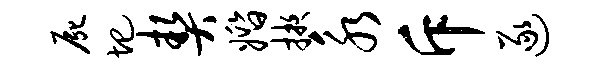
尸圯契婚掖永斥逐